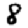
Digit: 8